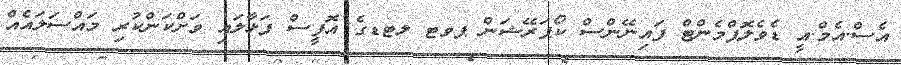
އެސް.އެމް.އީ ޑެވެލޮޕްމެންޓް ފައިނޭންސް ކޯޕަރޭޝަން ޕވޓ ލޓޑގެ އޮފީސް ފަޅާލައި ވަށްކަންކުރި މައްސަަލައެއް